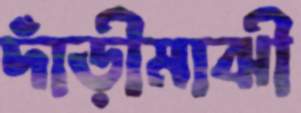
দাঁড়ীমাঝী